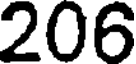
206